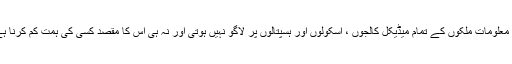
یہ معلومات ملکوں کے تمام میڈیکل کالجوں ، اسکولوں اور ہسپتالوں پر لاگو نہیں ہوتی اور نہ ہی اس کا مقصد کسی کی ہمت کم کرنا ہے۔